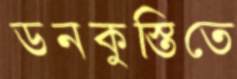
ডনকুস্তিতে